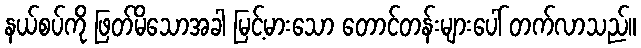
နယ်စပ်ကို ဖြတ်မိသောအခါ မြင့်မားသော တောင်တန်းများပေါ် တက်လာသည်။